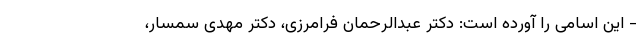
- این اسامی را آورده است: دکتر عبدالرحمان فرامرزی، دکتر مهدی سمسار،